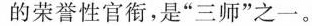
的荣誉性官衔，是”三师”之一。